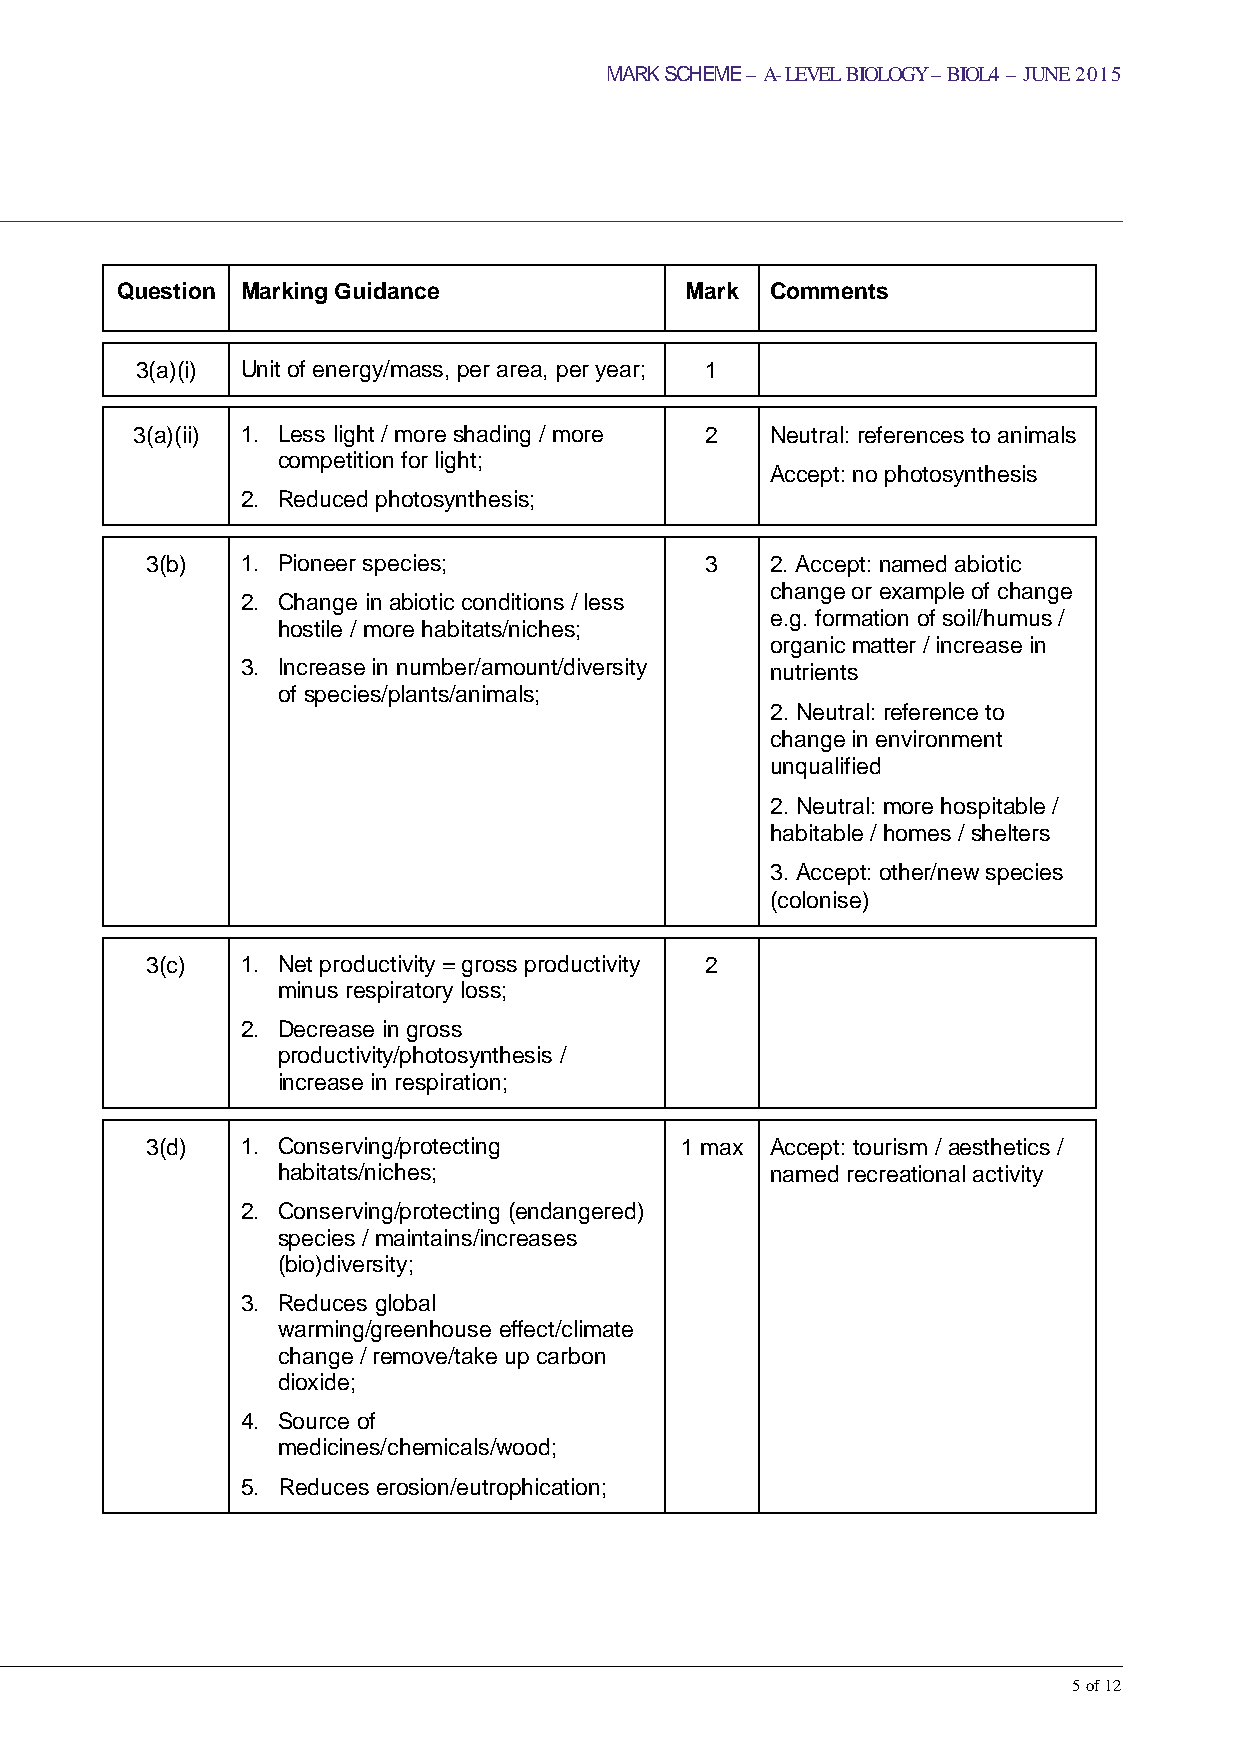
MARK SCHEME – A-LEVEL BIOLOGY – BIOL4 – JUNE 2015
 Question Marking Guidance            Mark  Comments
 3(a)(i) Unit of energy/mass, per area, per year; 1
 3(a)(ii) 1. Less light / more shading / more 2 Neutral: references to animals
 competition for light;
 Accept: no photosynthesis
 2. Reduced photosynthesis;
 3(b)  1. Pioneer species;            3   2. Accept: named abiotic
 change or example of change
 2. Change in abiotic conditions / less
 e.g. formation of soil/humus /
 hostile / more habitats/niches;
 organic matter / increase in
 3. Increase in number/amount/diversity nutrients
 of species/plants/animals;
 2. Neutral: reference to
 change in environment
 unqualified
 2. Neutral: more hospitable /
 habitable / homes / shelters
 3. Accept: other/new species
 (colonise)
 3(c)  1. Net productivity = gross productivity 2
 minus respiratory loss;
 2. Decrease in gross
 productivity/photosynthesis /
 increase in respiration;
 3(d)  1. Conserving/protecting     1 max Accept: tourism / aesthetics /
 habitats/niches;                 named recreational activity
 2. Conserving/protecting (endangered)
 species / maintains/increases
 (bio)diversity;
 3. Reduces global
 warming/greenhouse effect/climate
 change / remove/take up carbon
 dioxide;
 4. Source of
 medicines/chemicals/wood;
 5. Reduces erosion/eutrophication;
 5 of 12